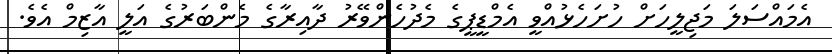
އެމައްސަލަ މަޖިލީހަށް ހުށަހެޅުއްވީ އެމްޑީޕީގެ މެދުހެންވޭރު ދާއިރާގެ މެންބަރުގެ އަލީ އާޒިމް އެވެ.